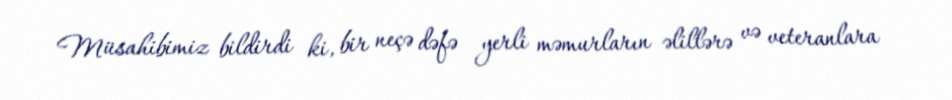
Müsahibimiz bildirdi ki, bir neçə dəfə yerli məmurların əlillərə və veteranlara